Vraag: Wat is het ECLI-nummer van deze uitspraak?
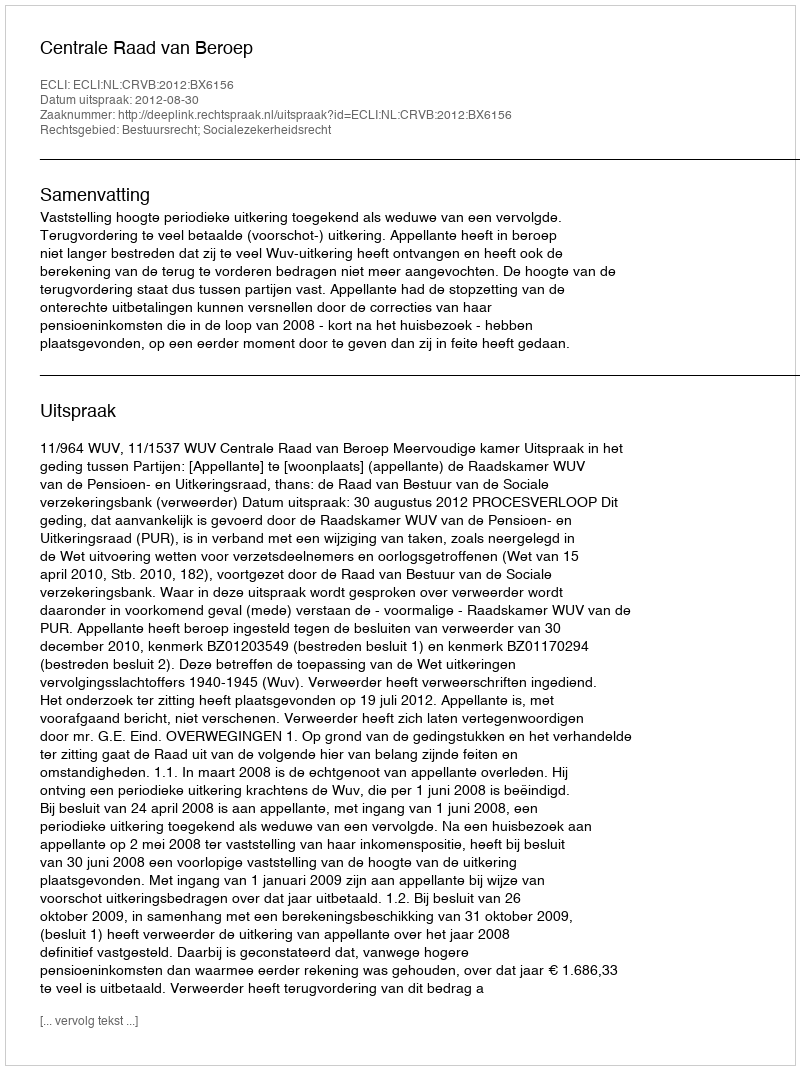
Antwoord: ECLI:NL:CRVB:2012:BX6156